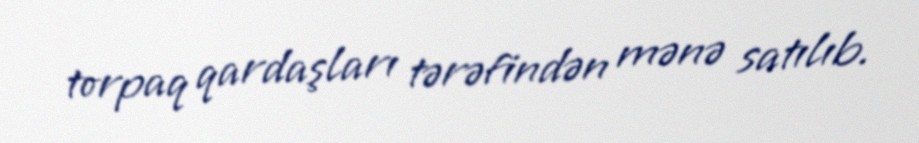
torpaq qardaşları tərəfindən mənə satılıb.